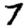
Digit: 7